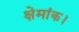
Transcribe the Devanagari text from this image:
क्षेमांक।